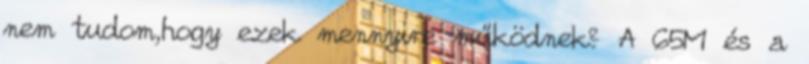
nem tudom,hogy ezek mennyire működnek? A 65M és a